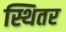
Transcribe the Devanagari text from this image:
स्थितर